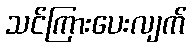
သင်ကြားပေးလျက်